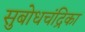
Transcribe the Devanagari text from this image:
सुबोधचंद्रिका